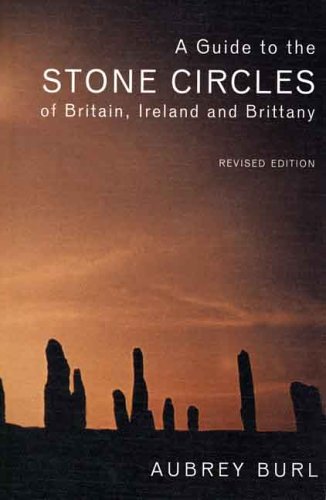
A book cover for A Guide to the Stone Circles of Britain, Ireland and Brittany: Second Edition; Aubrey Burl; History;